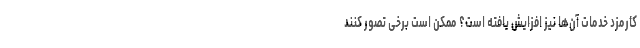
کارمزد خدمات آن‌ها نیز افزایش یافته است؟ ممکن است برخی تصور کنند